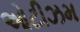
ઓટીઝમ